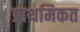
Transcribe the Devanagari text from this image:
प्राथमिकत